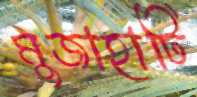
মুজাহাটি